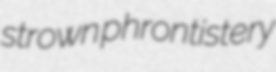
strown phrontistery